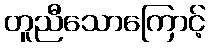
တူညီသောကြောင့်